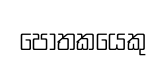
පෝතකයෙකු